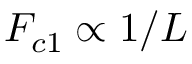
F _ { c 1 } \propto 1 / L